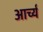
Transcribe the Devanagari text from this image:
आर्च्य